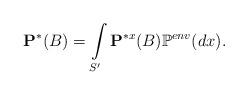
LaTeX: \begin{align*}\textbf{P}^*(B)=\int\limits_{S'} \textbf{P}^{*x}(B) \mathbb{P}^{env}(dx).\end{align*}